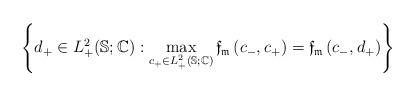
LaTeX: \begin{align*}\left\{ d_{+}\in L_{+}^{2}(\mathbb{S};\mathbb{C}):\max_{c_{+}\in L_{+}^{2}(\mathbb{S};\mathbb{C})}\mathfrak{f}_{\mathfrak{m}}\left( c_{-},c_{+}\right) =\mathfrak{f}_{\mathfrak{m}}\left( c_{-},d_{+}\right) \right\}\end{align*}